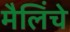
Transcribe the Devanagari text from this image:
मैलिंचे